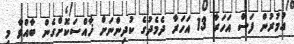
އުމުރުން ފަސް އަހަރާ 13 އަހަރާ ދެމެދުގެ ކުދިންނަށް ޚާއްސަކޮށްގެން ބާއްވާ މި